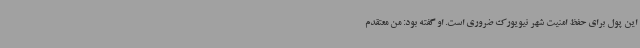
این پول برای حفظ امنیت شهر نیویورک ضروری است. او گفته بود: من معتقدم